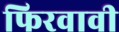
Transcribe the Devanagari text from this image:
फिरवावी